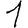
Digit: 1